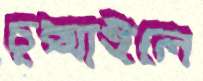
চুপ্‌সাইলে